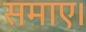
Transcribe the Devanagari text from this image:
समाए।